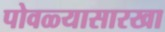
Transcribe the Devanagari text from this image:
पोवळ्यासारखा